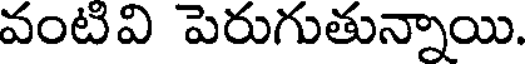
వంటివి పెరుగుతున్నాయి.